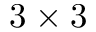
3 \times 3